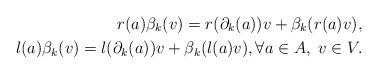
LaTeX: \begin{align*} r(a) \beta_k(v) = r(\partial_k(a)) v + \beta_k(r(a)v), \\ l(a) \beta_k(v) = l(\partial_k(a)) v + \beta_k(l(a)v), \forall a \in A, \ v \in V. \end{align*}